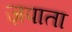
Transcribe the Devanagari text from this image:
ज़पाता